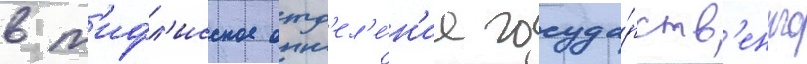
в т'ифл'исское отд'ел'е́н'ие госуда́рств'енного